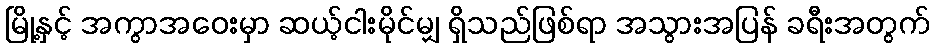
မြို့နှင့် အကွာအဝေးမှာ ဆယ့်ငါးမိုင်မျှ ရှိသည်ဖြစ်ရာ အသွားအပြန် ခရီးအတွက်